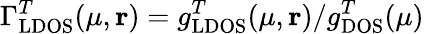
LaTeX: \Gamma_{\mathrm{LDOS}}^{T}(\mu,\mathbf{r})=g_{\mathrm{LDOS}}^{T}(\mu,\mathbf{r})/g_{\mathrm{DOS}}^{T}(\mu)